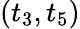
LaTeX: (t_{3},t_{5})